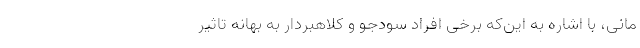
مانی،‌ با اشاره به این‌که برخی افراد سودجو و کلاهبردار به بهانه تاثیر